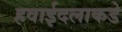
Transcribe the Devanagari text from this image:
हवाईदलाकडे